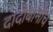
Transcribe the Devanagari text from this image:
दादोबांनीच